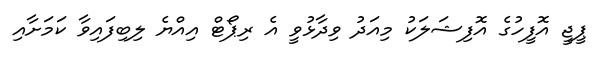
ޕީޖީ އޮފީހުގެ އޮފިޝަލަކު މިއަދު ވިދާޅުވީ އެ ރިޕޯޓް އިއްޔެ ލިބިފައިވާ ކަމަށާއި